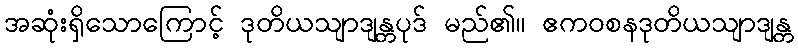
အဆုံးရှိသောကြောင့် ဒုတိယသျာဒျန္တပုဒ် မည်၏။ ဧကဝစနဒုတိယသျာဒျန္တ